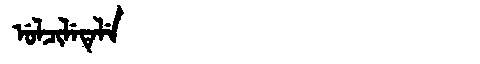
Manchu: ᡠᠯᠴᡳᠯᡝᡨᡝᠯᡝ
Romanization: ULCILETELE